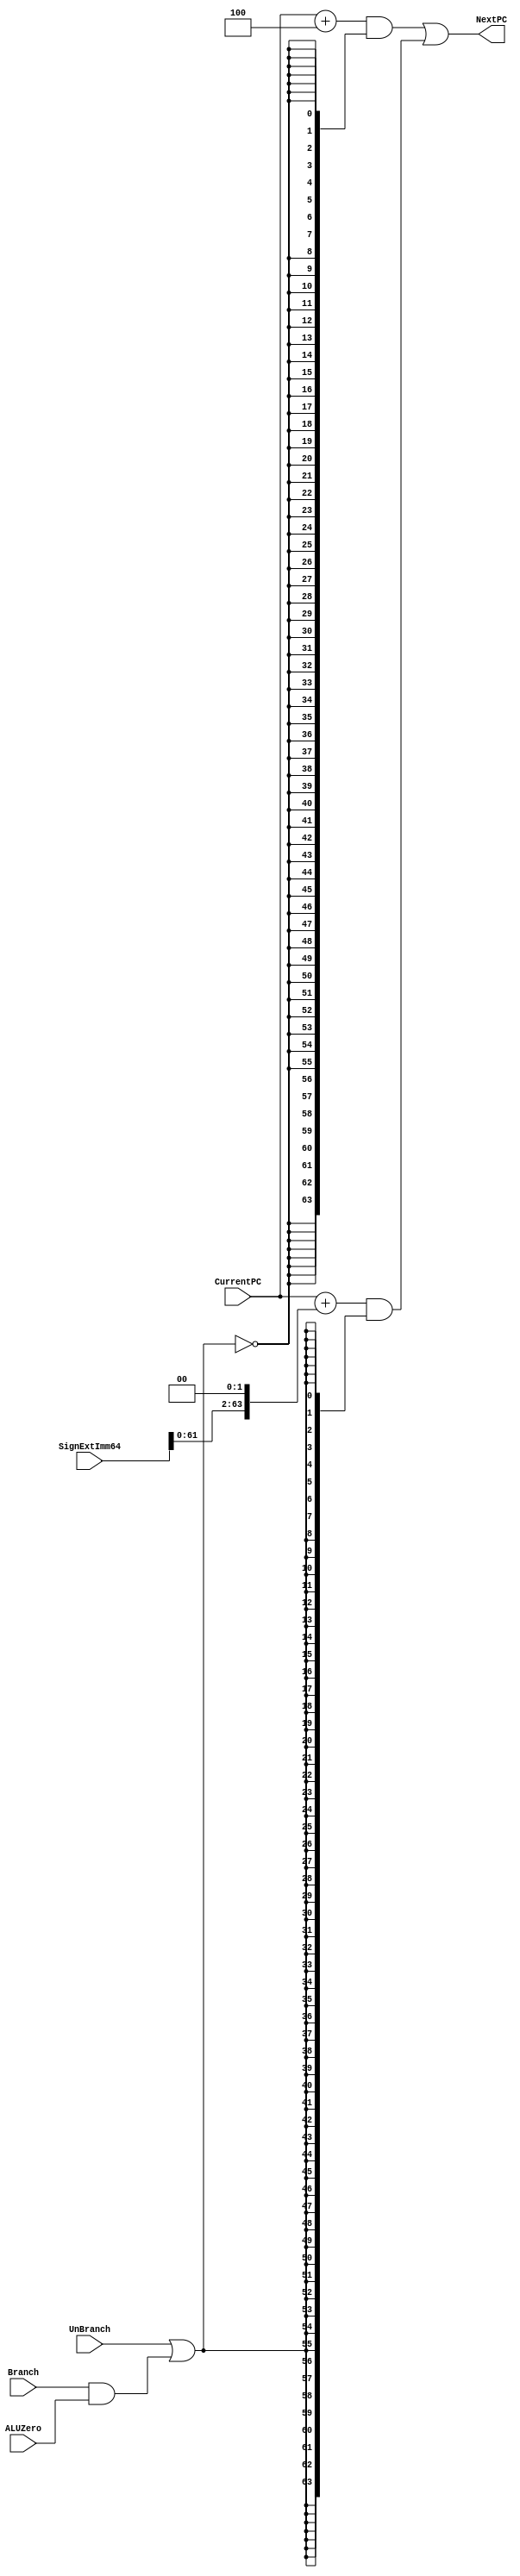
`timescale 1ns / 1ps
//////////////////////////////////////////////////////////////////////////////////
// Cameron Wetzel
//  825004842
// ECEN 350 Lab 8 : NextPCLogic Control Module
//////////////////////////////////////////////////////////////////////////////////

module NextPClogic(
    input [63:0] CurrentPC,
    input [63:0] SignExtImm64,
    input Branch,
    input ALUZero,
    input UnBranch,
    output [63:0] NextPC
    );
    
    // declare internal nets
    wire sel; // controls MUX
    // the following registers hold intermediate values
    reg [63:0] NextTmp;      // Value to -> NextPC
    wire [63:0] SignShift;   // SignExtender*4 
    
    reg [63:0] A;
    reg [63:0] B;
    
    
    
    
    assign sel = UnBranch | (Branch & ALUZero);
    assign SignShift = SignExtImm64 << 2;           // (Sign Extender output) * 4
    
    
    always@(*) begin
        A <= #1 (CurrentPC + 3'b100);
        B <= #2 (CurrentPC + {SignExtImm64[61:0], 1'b0, 1'b0});
    end
    
    assign NextPC = ((A) & {64{(~sel)}}) | ((B) & {64{(sel)}});
    
    //assign #1 NextPC = (sel ? A : B);
    
    // implementation of logic
    //always @ (*) begin
    //    case(sel)
            // No Branch
    //        1'b0: NextTmp <= #1 CurrentPC + 4;
            // Branch
    //        1'b1: NextTmp <= #2 CurrentPC + SignShift;
    //    endcase
        //InterPC <= #1 CurrentPC + 4;
        //InterB  <= #2 CurrentPC + (SignExtImm64 << 2); 
    
    
    //assign #1 NextPC = NextTmp; 
    
endmodule